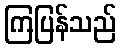
ကြပြန်သည်